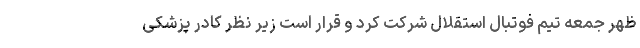
ظهر جمعه تیم فوتبال استقلال شرکت کرد و قرار است زیر نظر کادر پزشکی